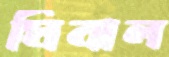
মিনাল